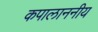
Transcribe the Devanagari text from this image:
कपालाननीय